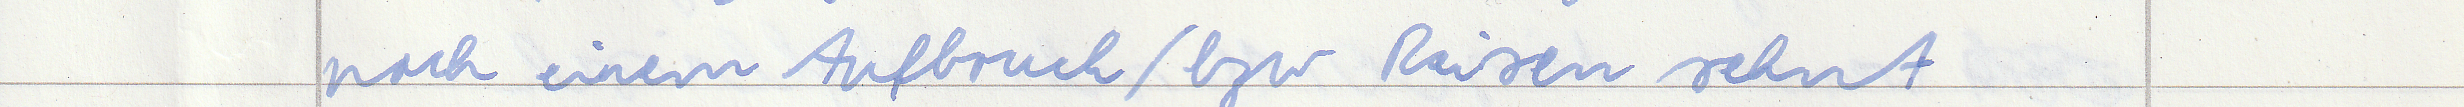
nach einem Aufbruch / bzw Reisen sehnt